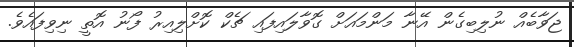
ޖަވާބެއް ނުލިބިގެން އޭނާ މަންމައަށް ގޮވާލައިފައި ޗެކް ކޮށްލިއިރު ފޯނު އޮތީ ނިވިފައެވެ.